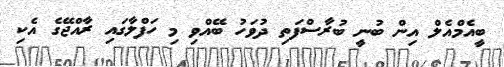
ބީއެމްއެލް އިން ބުނީ ބުރާސްފަތި ދުވަހު ބޭއްވި މި ހަފްލާގައި ރާއްޖޭގެ އެކި